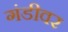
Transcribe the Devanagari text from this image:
गंडीवर